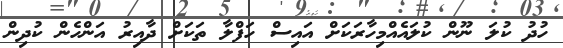
ހުދު ކުލަ ނޫން ކުލައެއްމިހާރަކަށް އައިސް ހަފްލާ ތަކަށް ދާއިރު އަންހެން ކުދިން